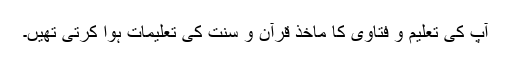
آپ کی تعلیم و فتاویٰ کا ماخذ قرآن و سنت کی تعلیمات ہوا کرتی تھیں۔